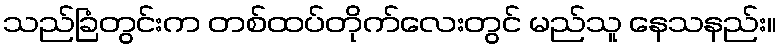
သည်ခြံတွင်းက တစ်ထပ်တိုက်လေးတွင် မည်သူ နေသနည်း။